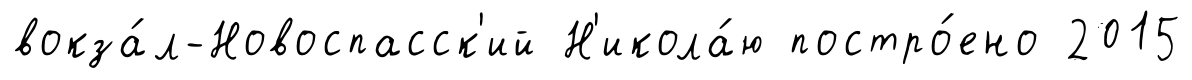
вокза́л-Новоспасск'ий Н'икола́ю постро́ено 2015